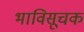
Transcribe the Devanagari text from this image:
भाविसूचक